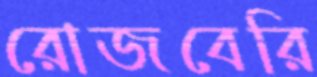
রোজবেরি